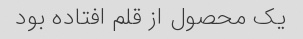
یک محصول از قلم افتاده بود